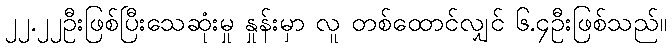
၂၂.၂၂ဦးဖြစ်ပြီးသေဆုံးမှု နှုန်းမှာ လူ တစ်ထောင်လျှင် ၆.၄ဦးဖြစ်သည်။